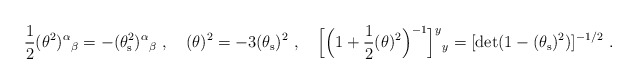
\begin{align*}\frac{1}{2}(\theta^{2})^{\alpha}{}_{\beta}=-(\theta_{\rm s}^{2})^{\alpha}{}_{\beta}\ ,\quad (\theta)^{2}=-3(\theta_{\rm s})^{2}\ ,\quad \Big[\Big(1+\frac{1}{2}(\theta)^{2}\Big)^{-1}\Big]^{y}{}_{y}=[{\rm det}(1-(\theta_{\rm s})^{2})]^{-1/2}\ .\end{align*}